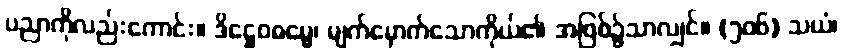
ပညာကိုလည်းကောင်း။ ဒိဋ္ဌေဝဓမ္မေ၊ မျက်မှောက်သောကိုယ်၏ အဖြစ်၌သာလျှင်။ (၅၀၆) သယံ၊